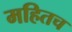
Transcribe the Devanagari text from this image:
महितच